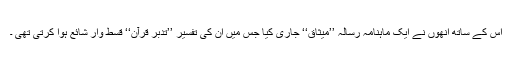
اس کے ساتھ انھوں نے ایک ماہنامہ رسالہ ’’میثاق‘‘ جاری کیا جس میں ان کی تفسیر ’’تدبر قرآن‘‘ قسط وار شائع ہوا کرتی تھی ۔